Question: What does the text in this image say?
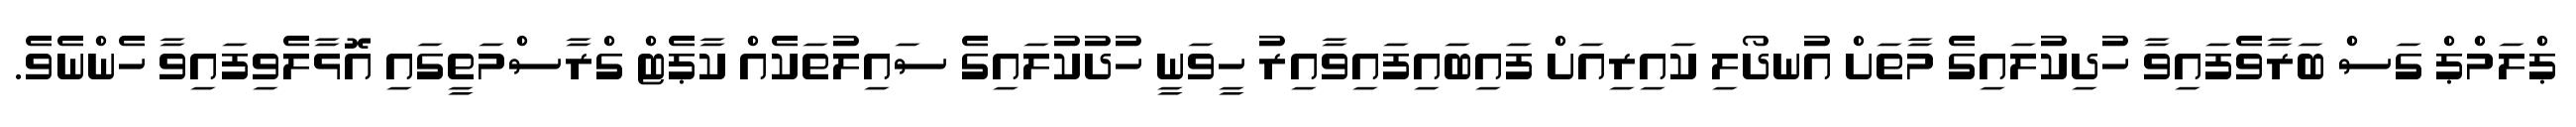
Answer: ޕްލަމްޕް ގަސް ބަރާވެފައިވާ ހުދިކުލައިގެ މާތަށް އުނދޯލި ކައިރިއަށް ފައިބައިފައިވާއިރު ހީވަނީ ހުދުކުލައިގެ ސައިލުތަކެއް ކާޕެޓް ގްރާސްމަތީގައި އޮޅާލެވިފައިވާ ހެންނެވެ.